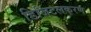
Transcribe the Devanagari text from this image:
डिजिटलकरण